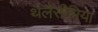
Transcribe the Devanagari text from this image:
थैलैसीमिया